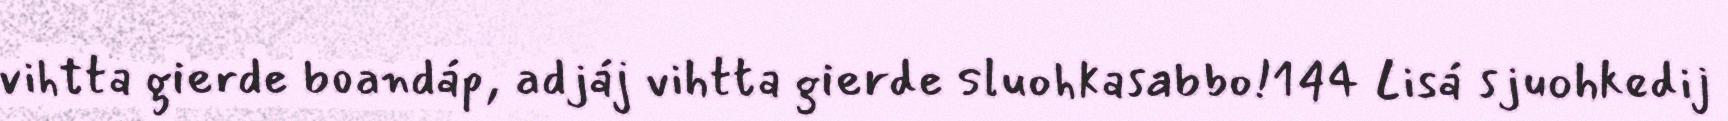
vihtta gierde boandáp, adjáj vihtta gierde sluohkasabbo!144 Lisá sjuohkedij